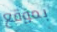
بموقع